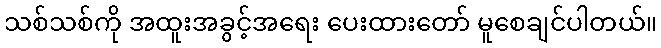
သစ်သစ်ကို အထူးအခွင့်အရေး ပေးထားတော် မူစေချင်ပါတယ်။